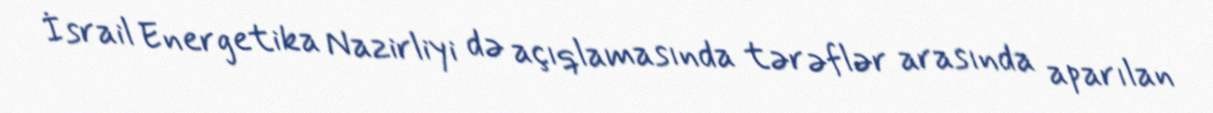
İsrail Energetika Nazirliyi də açıqlamasında tərəflər arasında aparılan